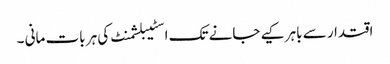
اقتدار سے باہر کیے جانے تک اسٹیبلشمنٹ کی ہر بات مانی ۔